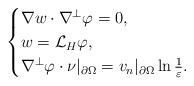
LaTeX: \begin{align*}\begin{cases}\nabla w\cdot \nabla^\perp\varphi=0,\\w=\mathcal{L}_H\varphi,\\\nabla^\perp\varphi\cdot \nu|_{\partial \Omega}=v_n|_{\partial \Omega}\ln\frac{1}{\varepsilon}.\end{cases}\end{align*}